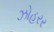
ઝોહરર